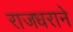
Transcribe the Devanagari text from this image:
राजधराने